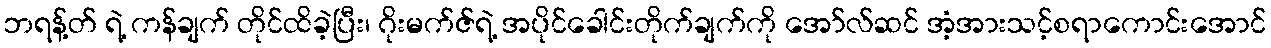
ဘရန့်တ် ရဲ့ ကန်ချက် တိုင်ထိခဲ့ပြီး၊ ဂိုးမက်ဇ်ရဲ့ အပိုင်ခေါင်းတိုက်ချက်ကို အော်လ်ဆင် အံ့အားသင့်စရာကောင်းအောင်